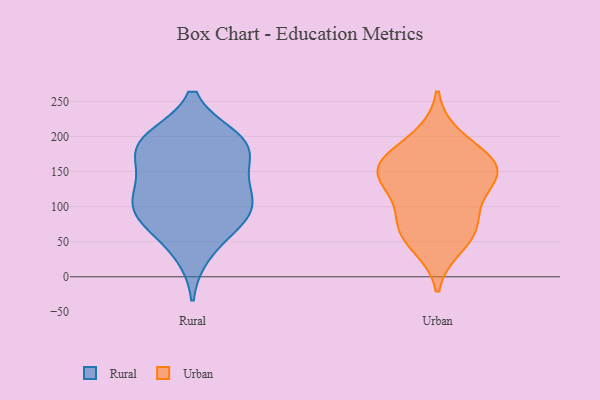
{"axis": {"x": "Churn Rate (%)", "y": "Value"}, "legend": ["Rural", "Urban"], "data": [{"x": "", "y": 103, "type": "Rural"}, {"x": "", "y": 77, "type": "Rural"}, {"x": "", "y": 121, "type": "Rural"}, {"x": "", "y": 110, "type": "Rural"}, {"x": "", "y": 167, "type": "Rural"}, {"x": "", "y": 194, "type": "Rural"}, {"x": "", "y": 84, "type": "Rural"}, {"x": "", "y": 187, "type": "Rural"}, {"x": "", "y": 165, "type": "Rural"}, {"x": "", "y": 78, "type": "Rural"}, {"x": "", "y": 33, "type": "Rural"}, {"x": "", "y": 196, "type": "Rural"}, {"x": "", "y": 197, "type": "Rural"}, {"x": "", "y": 126, "type": "Rural"}, {"x": "", "y": 87, "type": "Urban"}, {"x": "", "y": 199, "type": "Urban"}, {"x": "", "y": 163, "type": "Urban"}, {"x": "", "y": 129, "type": "Urban"}, {"x": "", "y": 136, "type": "Urban"}, {"x": "", "y": 164, "type": "Urban"}, {"x": "", "y": 73, "type": "Urban"}, {"x": "", "y": 64, "type": "Urban"}, {"x": "", "y": 151, "type": "Urban"}, {"x": "", "y": 44, "type": "Urban"}, {"x": "", "y": 155, "type": "Urban"}]}